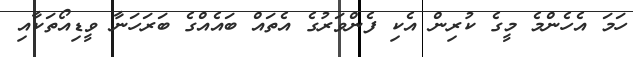
ހަމަ އެހެންމެ މީގެ ކުރިން އެކި ފެންވަރުގެ އެތައް ބައެއްގެ ބަރަހަނާ ވީޑިއޯތަކާއި